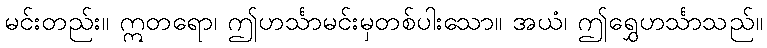
မင်းတည်း။ ဣတရော၊ ဤဟင်္သာမင်းမှတစ်ပါးသော။ အယံ၊ ဤရွှေဟင်္သာသည်။